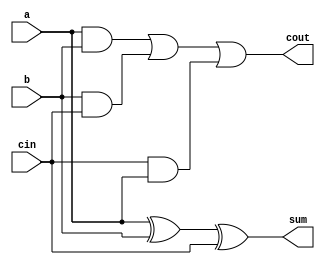
module full_adder (
  input wire a,
  input wire b,
  input wire cin,
  output reg sum,
  output reg cout
);

  assign sum = a ^ b ^ cin;
  assign cout = (a & b) | (b & cin) | (cin & a);

endmodule